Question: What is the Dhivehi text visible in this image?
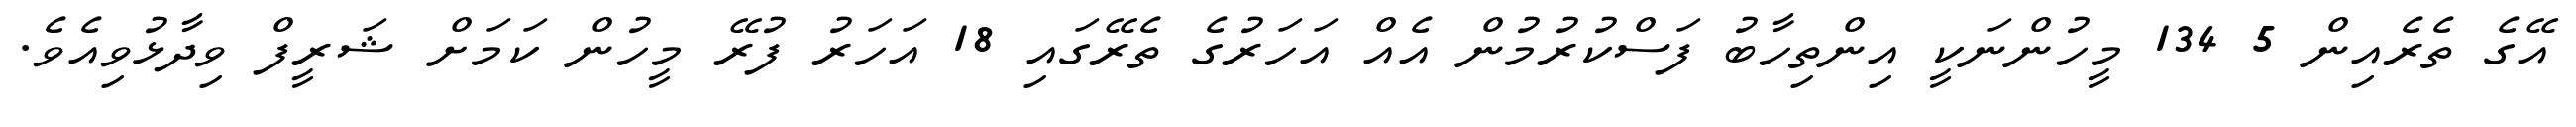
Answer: އޭގެ ތެރެއިން 5 134 މީހުންނަކީ އިންތިހާބު ފަސްކުރުމުން އެއް އަހަރުގެ ތެރޭގައި 18 އަހަރު ފުރޭ މީހުން ކަމަށް ޝަރީފް ވިދާޅުވިއެވެ.